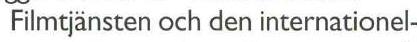
Filmtjänsten och den internationel-